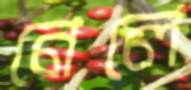
নেলে